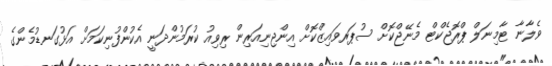
ވެލާނާ ޓާމިނަލް ޕްރޮޖެކްޓް މެނޭޖްކޮށް ސުޕަރވައިޒްކޮށް އިންޖިނިއަރިން ރިވިއު ކުރަމުންދަނީ އެކުންފުނިކަމަށް އަޅުގަނޑުމެންގެ